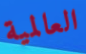
العالمية